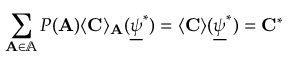
\sum _ { \mathbf { A } \in \mathbb { A } } P ( \mathbf { A } ) \langle \mathbf { C } \rangle _ { \mathbf { A } } ( \underline { { \psi } } ^ { * } ) = \langle \mathbf { C } \rangle ( \underline { { \psi } } ^ { * } ) = \mathbf { C ^ { * } }